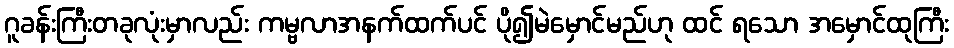
ဂူခန်းကြီးတခုလုံးမှာလည်း ကမ္ဗလာအနက်ထက်ပင် ပို၍မဲမှောင်မည်ဟု ထင် ရသော အမှောင်ထုကြီး